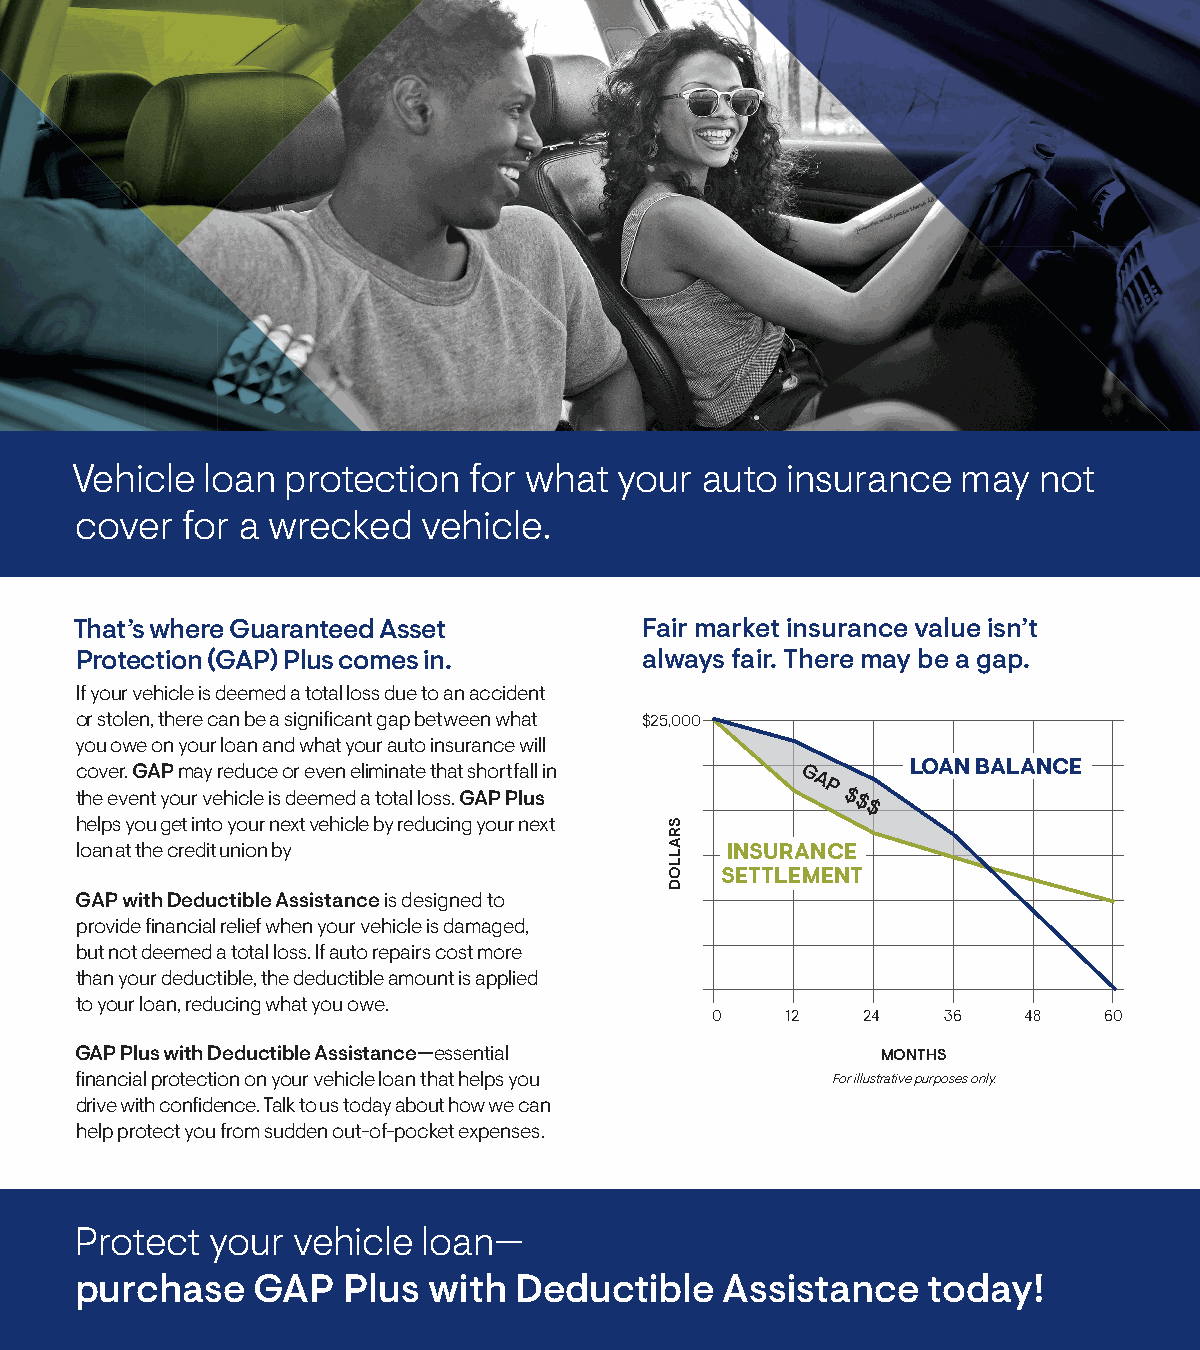
Vehicle loan  protection  for what  your auto  insurance   may  not
 cover  for a wrecked   vehicle.
 That’s where Guaranteed Asset         Fair market insurance value isn’t
 Protection (GAP) Plus comes in.       always fair. There may be a gap.
 If your vehicle is deemed a total loss due to an accident
 or stolen, there can be a significant gap between what $25,000
 you owe on your loan and what your auto insurance will
 cover. GAP may reduce or even eliminate that shortfall in GA LOAN BALANCE
 the event your vehicle is deemed a total loss. GAP Plus
 P
 $$$
 helps you get into your next vehicle by reducing your next
 loan at the credit union by                INSURANCE
 SETTLEMENT
 GAP with Deductible Assistance is designed to
 provide financial relief when your vehicle is damaged,
 but not deemed a total loss. If auto repairs cost more
 than your deductible, the deductible amount is applied
 to your loan, reducing what you owe.
 0    12   24    36   48   60
 GAP Plus with Deductible Assistance—essential        MONTHS
 financial protection on your vehicle loan that helps you For illustrative purposes only.
 drive with confidence. Talk to us today about how we can
 help protect you from sudden out-of-pocket expenses.
 Protect  your vehicle  loan—
 purchase    GAP   Plus with  Deductible    Assistance   today!
 SRALLOD